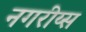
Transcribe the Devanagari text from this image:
नगरीय्स